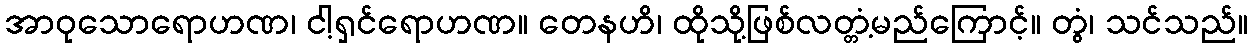
အာဝုသောရောဟဏ၊ ငါ့ရှင်ရောဟဏ။ တေနဟိ၊ ထိုသို့ဖြစ်လတ္တံ့မည်ကြောင့်။ တွံ၊ သင်သည်။